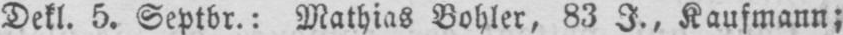
Dekl. 5. Septbr.: Mathias Bohler, 83 J., Kaufmann;